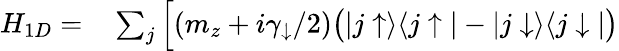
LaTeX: \begin{array}{rl}{H_{1D}=}&{{}\sum_{j}\Big[(m_{z}+i\gamma_{\downarrow}/2)\bigr(|j\uparrow\rangle\langle j\uparrow|-|j\downarrow\rangle\langle j\downarrow|\bigr)}\end{array}